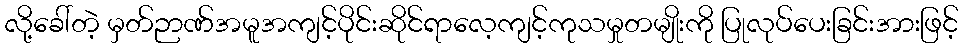
လို့ခေါ်တဲ့ မှတ်ဉာဏ်အမူအကျင့်ပိုင်းဆိုင်ရာလေ့ကျင့်ကုသမှုတမျိုးကို ပြုလုပ်ပေးခြင်းအားဖြင့်